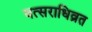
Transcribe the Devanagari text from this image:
वत्सराधिव्रत